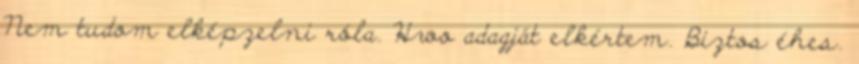
Nem tudom elképzelni róla. Hwo adagját elkértem. Biztos éhes.